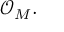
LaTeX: { \mathcal { O } } _ { M } .